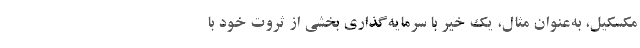
مکسکیل، به‌عنوان مثال، یک خیّر با سرمایه‌گذاری بخشی از ثروت خود با